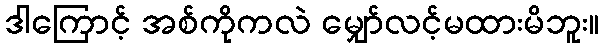
ဒါကြောင့် အစ်ကိုကလဲ မျှော်လင့်မထားမိဘူး။